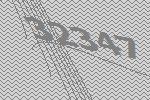
32347